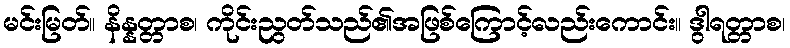
မင်းမြတ်။ နိန္နတ္တာစ၊ ကိုင်းညွတ်သည်၏အဖြစ်ကြောင့်လည်းကောင်း။ ဒွါရတ္တာစ၊